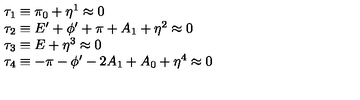
\begin{array} { l } { \tau _ { 1 } \equiv \pi _ { 0 } + \eta ^ { 1 } \approx 0 } \\ { \tau _ { 2 } \equiv E ^ { \prime } + \phi ^ { \prime } + \pi + A _ { 1 } + \eta ^ { 2 } \approx 0 } \\ { \tau _ { 3 } \equiv E + \eta ^ { 3 } \approx 0 } \\ { \tau _ { 4 } \equiv - \pi - \phi ^ { \prime } - 2 A _ { 1 } + A _ { 0 } + \eta ^ { 4 } \approx 0 } \\ \end{array}